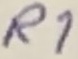
Text: R1